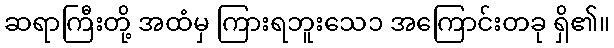
ဆရာကြီးတို့ အထံမှ ကြားရဘူးသေ၁ အကြောင်းတခု ရှိ၏။